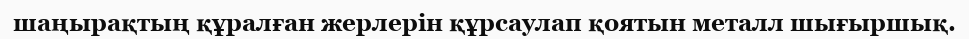
шаңырақтың құралған жерлерін құрсаулап қоятын металл шығыршық.